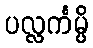
ပလ္လင်္ကမ္ပိ